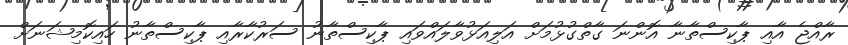
ރާއްޖެ އާއި ޕާކިސްތާނާ އޮންނަ ގާތްގުޅުމަށް އަލިއަޅުވާލައްވައި ޕާކިސްތާނު ސަރުކާރާއި ޕާކިސްތާނު ހައިކޮމިޝަނަށް